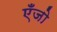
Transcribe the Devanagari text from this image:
एँजो